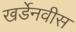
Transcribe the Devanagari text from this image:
खर्डेनवीस